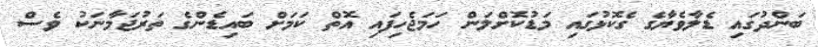
ބަންދުގައި ޑެލާވެޔާގެ ގެކޮޅުގައި މަޑުކޮށްލަން ހަމަޖެހިފައި އޮތް ކަމަށް ބައިޑެންގެ ތަރުޖަމާނަކު ވެސް